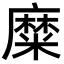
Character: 糜